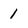
Character: 1